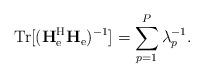
LaTeX: \begin{align*}\mathrm{Tr}[(\mathbf{H}_{\mathrm{e}}^{\mathrm{H}}\mathbf{H}_{\mathrm{e}})^{-1}]=\sum_{p=1}^P\lambda_p^{-1}.\end{align*}